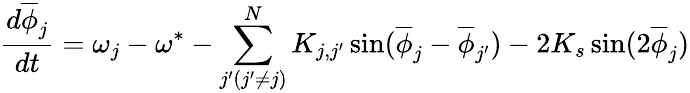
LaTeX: \frac{d\overline{{\phi}}_{j}}{dt}=\omega_{j}-\omega^{*}-\sum_{j^{\prime}(j^{\prime}\ne j)}^{N}K_{j,j^{\prime}}\sin(\overline{{\phi}}_{j}-\overline{{\phi}}_{j^{\prime}})-2K_{s}\sin(2\overline{{\phi}}_{j})